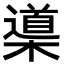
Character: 𣜦